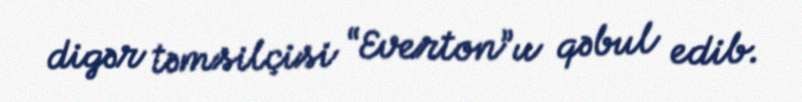
digər təmsilçisi “Everton”u qəbul edib.